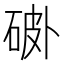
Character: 𰧅